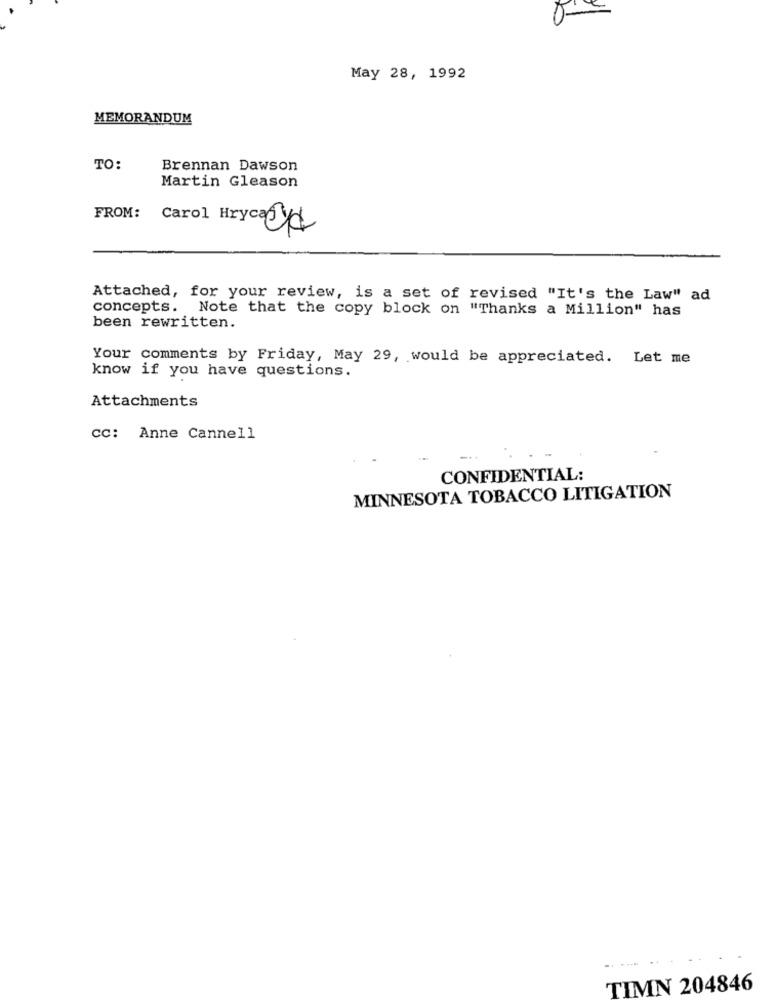
May 28, 1992
MEMORANDUM
TO:
Brennan Dawson
Martin Gleason
FROM: Carol Hryca Cd
Attached, for your review, is a set of revised "It's the Law" ad
concepts. Note that the copy block on "Thanks a Million" has
been rewritten.
Your comments by Friday, May 29, would be appreciated. Let me
know if you have questions.
Attachments
cc: Anne Cannell
CONFIDENTIAL:
MINNESOTA TOBACCO LITIGATION
TIMN 204846